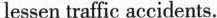
lessen traffic accidents.